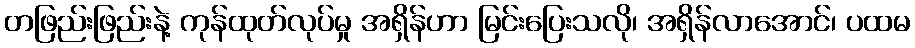
တဖြည်းဖြည်းနဲ့ ကုန်ထုတ်လုပ်မှု အရှိန်ဟာ မြင်းပြေးသလို၊ အရှိန်လာအောင်၊ ပထမ